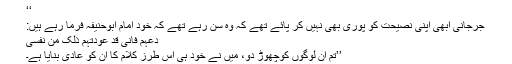
‘‘
جرجانی ابھی اپنی نصیحت کو پوری بھی نہیں کر پائے تھے کہ وہ سن رہے تھے کہ خود امام ابوحنیفہؒ فرما رہے ہیں:
دعہم فانی قد عودتہم ذلک من نفسی
’’تم ان لوگوں کوچھوڑ دو، میں نے خود ہی اس طرز کلام کا ان کو عادی بنایا ہے۔